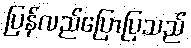
ပြန်လည်ပြောပြသည်